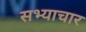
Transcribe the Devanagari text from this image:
सभ्याचार